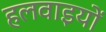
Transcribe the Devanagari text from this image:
हलवाइयों